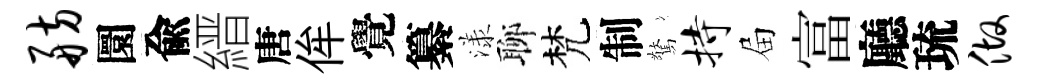
舫圜兪縉唐侔覺纂漾聊梵制驚持屇富廳琉做